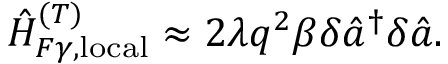
\hat { H } _ { F \gamma , \mathrm { l o c a l } } ^ { ( T ) } \approx 2 \lambda q ^ { 2 } \beta \delta \hat { a } ^ { \dagger } \delta \hat { a } .